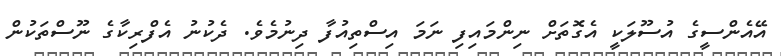
އޭއެންސީގެ އުސޫލަކީ އެގޮތަށް ނިންމައިފި ނަމަ އިސްތިއުފާ ދިނުމެވެ. ދެކުނު އެފްރިކާގެ ނޫސްތަކުން